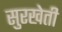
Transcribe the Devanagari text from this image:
सुरखेती